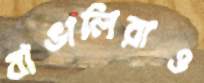
বাঙালিরাও